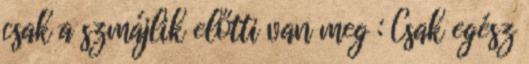
csak a szmájlik előtti van meg : Csak egész